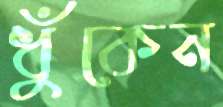
ধুঁকেন